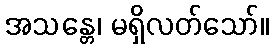
အသန္တေ၊ မရှိလတ်သော်။